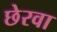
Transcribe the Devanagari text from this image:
छेरवा